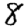
Digit: 8